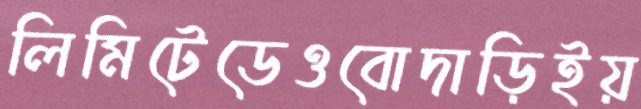
লিমিটেডেওবোদাড়িইয়